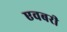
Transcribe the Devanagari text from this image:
एवबरी